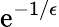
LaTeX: \mathrm{e}^{-1/\epsilon}